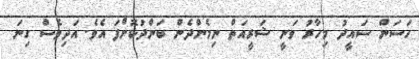
ހަސަން ސައީދު މިހާރު ވަނީ ޝަރީއަތް ނިމެންދެން ބަންދުކޮށްފަ އެވެ. އަދިވެސް ގިނަ